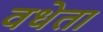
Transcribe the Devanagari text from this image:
वधेता